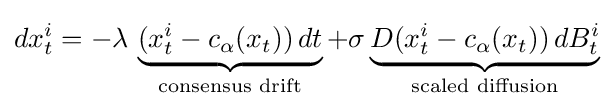
dx_{t}^{i}=-\lambda \,\underbrace {(x_{t}^{i}-c_{\alpha }(x_{t}))\,dt} _{\text{consensus drift}}+\sigma \underbrace {D(x_{t}^{i}-c_{\alpha }(x_{t}))\,dB_{t}^{i}} _{\text{scaled diffusion}}